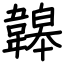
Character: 韟